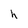
Character: h